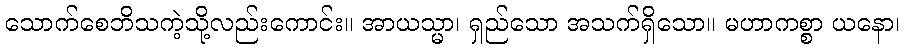
သောက်စေဘိသကဲ့သို့လည်းကောင်း။ အာယသ္မာ၊ ရှည်သော အသက်ရှိသော။ မဟာကစ္စာ ယနော၊